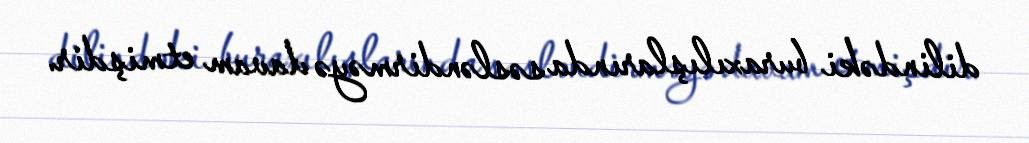
dilindəki buraxılışlarında səsləndirməyə davam etmişdir.